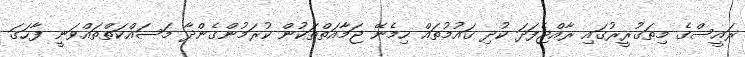
ރައީސްގެ މިތަޤުރީރުގައި ރާއްޖެފަދަ ކުދި ޤައުމުތައް ހިމެނޭ ޖަމާއަތްތަކުން ކުރަމުންގެންދާ މަސައްކަތްތައްވަނީ ފާހަގަ